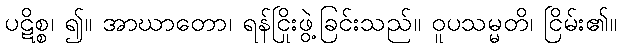
ပဋိစ္စ၊ ၍။ အာဃာတော၊ ရန်ငြိုးဖွဲ့ခြင်းသည်။ ဝူပသမ္မတိ၊ ငြိမ်း၏။